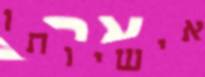
אישיותו